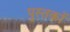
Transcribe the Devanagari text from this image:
पु्स्तकों